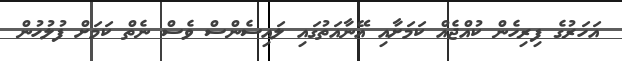
އަހަރުގެ ފިރިހެން ކުއްޖެއް ކަމަށާއި އޭނާއަތުގައި ލައިސެންސް ވެސް ނެތް ކަމަށް ފުލުހުން